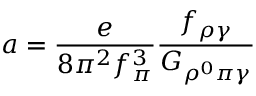
a = \frac { e } { 8 \pi ^ { 2 } f _ { \pi } ^ { 3 } } \frac { f _ { \rho \gamma } } { G _ { \rho ^ { 0 } \pi \gamma } }